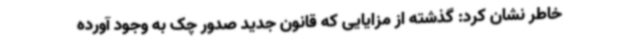
خاطر نشان کرد: گذشته از مزایایی که قانون جدید صدور چک به وجود آورده